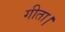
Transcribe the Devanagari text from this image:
गीता।